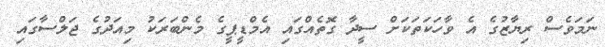
ނަމަވެސް ރިޔާޒުގެ އެ ވާހަކަތަކަށް ސީދާ ގޮތެއްގައި އެމްޑީޕީގެ މެންބަރަކު މިއަދުގެ ޖަލްސާގައި